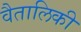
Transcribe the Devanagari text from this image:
वैतालिकी